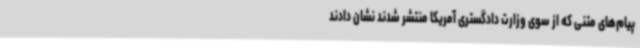
پیام‌های متنی که از سوی وزارت دادگستری آمریکا منتشر شدند نشان دادند